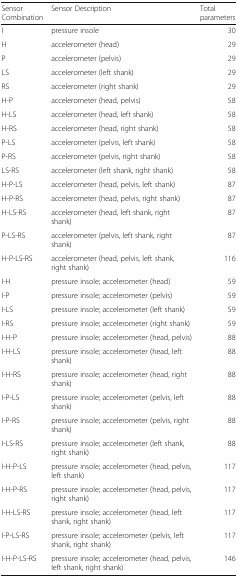
<table><thead><tr><td><b>Sensor Combination</b></td><td><b>Sensor Description</b></td><td><b>Total parameters</b></td></tr></thead><tbody><tr><td>I</td><td>pressure insole</td><td>30</td></tr><tr><td>H</td><td>accelerometer (head)</td><td>29</td></tr><tr><td>P</td><td>accelerometer (pelvis)</td><td>29</td></tr><tr><td>LS</td><td>accelerometer (left shank)</td><td>29</td></tr><tr><td>RS</td><td>accelerometer (right shank)</td><td>29</td></tr><tr><td>H-P</td><td>accelerometer (head, pelvis)</td><td>58</td></tr><tr><td>H-LS</td><td>accelerometer (head, left shank)</td><td>58</td></tr><tr><td>H-RS</td><td>accelerometer (head, right shank)</td><td>58</td></tr><tr><td>P-LS</td><td>accelerometer (pelvis, left shank)</td><td>58</td></tr><tr><td>P-RS</td><td>accelerometer (pelvis, right shank)</td><td>58</td></tr><tr><td>LS-RS</td><td>accelerometer (left shank, right shank)</td><td>58</td></tr><tr><td>H-P-LS</td><td>accelerometer (head, pelvis, left shank)</td><td>87</td></tr><tr><td>H-P-RS</td><td>accelerometer (head, pelvis, right shank)</td><td>87</td></tr><tr><td>H-LS-RS</td><td>accelerometer (head, left shank, right shank)</td><td>87</td></tr><tr><td>P-LS-RS</td><td>accelerometer (pelvis, left shank, right shank)</td><td>87</td></tr><tr><td>H-P-LS-RS</td><td>accelerometer (head, pelvis, left shank, right shank)</td><td>116</td></tr><tr><td>I-H</td><td>pressure insole; accelerometer (head)</td><td>59</td></tr><tr><td>I-P</td><td>pressure insole; accelerometer (pelvis)</td><td>59</td></tr><tr><td>I-LS</td><td>pressure insole; accelerometer (left shank)</td><td>59</td></tr><tr><td>I-RS</td><td>pressure insole; accelerometer (right shank)</td><td>59</td></tr><tr><td>I-H-P</td><td>pressure insole; accelerometer (head, pelvis)</td><td>88</td></tr><tr><td>I-H-LS</td><td>pressure insole; accelerometer (head, left shank)</td><td>88</td></tr><tr><td>I-H-RS</td><td>pressure insole; accelerometer (head, right shank)</td><td>88</td></tr><tr><td>I-P-LS</td><td>pressure insole; accelerometer (pelvis, left shank)</td><td>88</td></tr><tr><td>I-P-RS</td><td>pressure insole; accelerometer (pelvis, right shank)</td><td>88</td></tr><tr><td>I-LS-RS</td><td>pressure insole; accelerometer (left shank, right shank)</td><td>88</td></tr><tr><td>I-H-P-LS</td><td>pressure insole; accelerometer (head, pelvis, left shank)</td><td>117</td></tr><tr><td>I-H-P-RS</td><td>pressure insole; accelerometer (head, pelvis, right shank)</td><td>117</td></tr><tr><td>I-H-LS-RS</td><td>pressure insole; accelerometer (head, left shank, right shank)</td><td>117</td></tr><tr><td>I-P-LS-RS</td><td>pressure insole; accelerometer (pelvis, left shank, right shank)</td><td>117</td></tr><tr><td>I-H-P-LS-RS</td><td>pressure insole; accelerometer (head, pelvis, left shank, right shank)</td><td>146</td></tr></tbody></table>